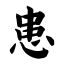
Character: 患